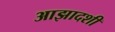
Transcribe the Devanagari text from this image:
आझादशी